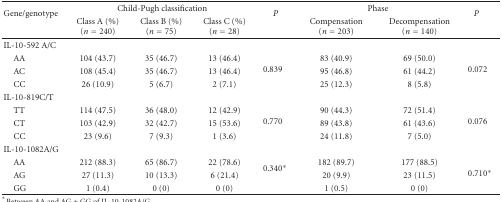
| <ROWSPAN=2> Gene/genotype | <COLSPAN=3> Child-Pugh classification | <ROWSPAN=2> P | <COLSPAN=2> Phase | <ROWSPAN=2> P |
 | Class A (%) (n = 240) | Class B (%) (n = 75) | Class C (%) (n = 28) | Compensation (n = 203) | Decompensation (n = 140) |
 | --- | --- | --- | --- | --- | --- | --- | --- |
 | IL-10-592 A/C |  |  |  |  |  |  |  |
 | AA | 104 (43.7) | 35 (46.7) | 13 (46.4) | <ROWSPAN=3> 0.839 | 83 (40.9) | 69 (50.0) | <ROWSPAN=3> 0.072 |
 | AC | 108 (45.4) | 35 (46.7) | 13 (46.4) | 95 (46.8) | 61 (44.2) |
 | CC | 26 (10.9) | 5 (6.7) | 2 (7.1) | 25 (12.3) | 8 (5.8) |
 | IL-10-819C/T |  |  |  |  |  |  |  |
 | TT | 114 (47.5) | 36 (48.0) | 12 (42.9) | <ROWSPAN=3> 0.770 | 90 (44.3) | 72 (51.4) | <ROWSPAN=3> 0.076 |
 | CT | 103 (42.9) | 32 (42.7) | 15 (53.6) | 89 (43.8) | 61 (43.6) |
 | CC | 23 (9.6) | 7 (9.3) | 1 (3.6) | 24 (11.8) | 7 (5.0) |
 | IL-10-1082A/G |  |  |  |  |  |  |  |
 | AA | 212 (88.3) | 65 (86.7) | 22 (78.6) | <ROWSPAN=3> 0.340* | 182 (89.7) | 177 (88.5) | <ROWSPAN=3> 0.710* |
 | AG | 27 (11.3) | 10 (13.3) | 6 (21.4) | 20 (9.9) | 23 (11.5) |
 | GG | 1 (0.4) | 0 (0) | 0 (0) | 1 (0.5) | 0 (0) |